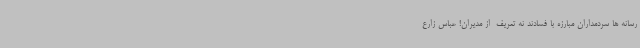
رسانه ها سردمداران مبارزه با فسادند نه تعریف  از مدیران! عباس زارع